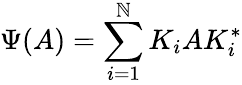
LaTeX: \Psi(A)=\sum_{i=1}^{\mathbb{N}}K_{i}AK_{i}^{*}